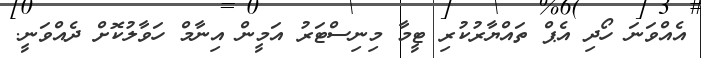
އެއްވަނަ ހޯދި އެޕް ތައްޔާރުކުރި ޓީމާ މިނިސްޓަރު އަމީން އިނާމް ހަވާލުކޮށް ދެއްވަނީ.